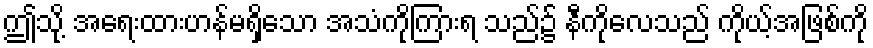
ဤသို့ အရေးထားဟန်မရှိသော အသံကိုကြားရ သည်၌ နီကိုလေသည် ကိုယ့်အဖြစ်ကို